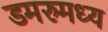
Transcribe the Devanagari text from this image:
डमरुमध्य